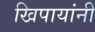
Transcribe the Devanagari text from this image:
खिपायांनी